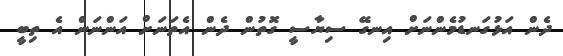
ދެން އަޅުގަނޑުމެންނަށް އިނގޭ ސިޔާސީ ގޮތުން ދެން އެތަނަށް އަންނަން އެ ތިބީ